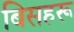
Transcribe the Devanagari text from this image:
बिसहरू